Indian journal of veterinary science and animal husbandry - Volumes 18-21, 1948-1951
Year: 1948
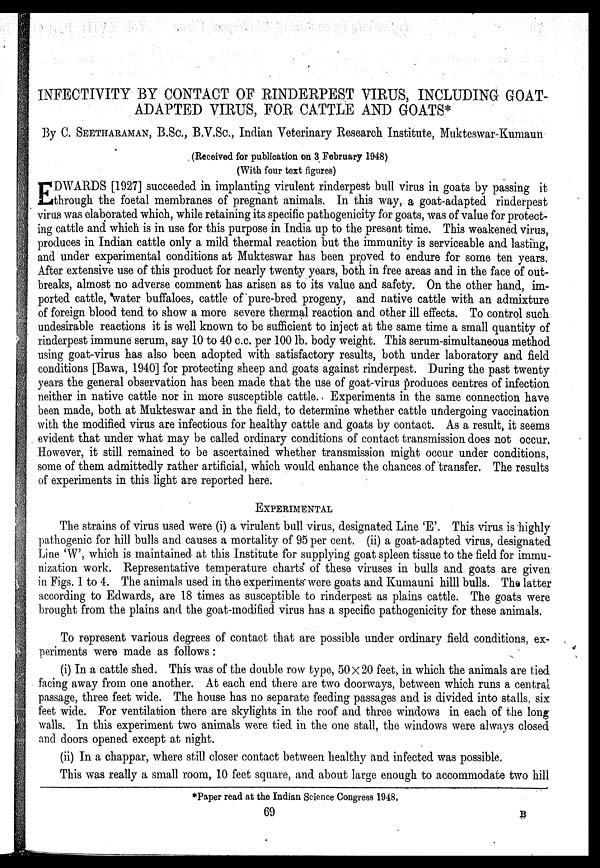
INFECTIVITY BY CONTACT OF RINDERPEST VIRUS, INCLUDING GOAT-
ADAPTED VIRUS, FOR CATTLE AND GOATS*
By C. SEETHARAMAN, B.Sc, B.V.SC, Indian Veterinary Research Institute, Mukteswar-Kumaun
(Received for publication on 3 February 1948)
(With four text figures)
E DWARDS [1927] succeeded in implanting virulent rinderpest bull virus in goats by passing it
through the foetal membranes of pregnant animals. In this way, a goat-adapted rinderpest
virus was elaborated which, while retaining its specific pathogenicity for goats, was of value for protect-
ing cattle and which is in use for this purpose in India up to the present time. This weakened virus,
produces in Indian cattle only a mild thermal reaction but the immunity is serviceable and lasting,
and under experimental conditions at Mukteswar has been proved to endure for some ten years.
After extensive use of this product for nearly twenty years, both in free areas and in the face of out-
breaks, almost no adverse comment has arisen as to its value and safety. On the other hand, im-
ported cattle, water buffaloes, cattle of pure-bred progeny, and native cattle with an admixture
of foreign blood tend to show a more severe thermal reaction and other ill effects. To control such
undesirable reactions it is well known to be sufficient to inject at the same time a small quantity of
rinderpest immune serum, say 10 to 40 c.c. per 100 lb. body weight. This serum-simultaneous method
using goat-virus has also been adopted with satisfactory results, both under laboratory and field
conditions [Bawa, 1940] for protecting sheep and goats against rinderpest. During the past twenty
years the general observation has been made that the use of goat-virus produces centres of infection
neither in native cattle nor in more susceptible cattle. Experiments in the same connection have
been made, both at Mukteswar and in the field, to determine whether cattle undergoing vaccination
with the modified virus are infectious for healthy cattle and goats by contact. As a result, it seems
evident that under what may be called ordinary conditions of contact transmission does not occur.
However, it still remained to be ascertained whether transmission might occur under conditions,
some of them admittedly rather artificial, which would enhance the chances of transfer. The results
of experiments in this light are reported here.
EXPERIMENTAL
The strains of virus used were (i) a virulent bull virus, designated Line 'E' This virus is highly
pathogenic for hill bulls and causes a mortality of 95 per cent. (ii) a goat-adapted virus, designated
Line 'W', which is maintained at this Institute for supplying goat spleen tissue to the field for immu-
nization work. Representative temperature charts of these viruses in bulls and goats are given
in Figs. 1 to 4. The animals used in the experiments were goats and Kumauni hilll bulls. The latter
according to Edwards, are 18 times as susceptible to rinderpest as plains cattle. The goats were
brought from the plains and the goat-modified virus has a specific pathogenicity for these animals.
To represent various degrees of contact that are possible under ordinary field conditions, ex-
periments were made as follows :
(i) In a cattle shed. This was of the double row type, 50 × 20 feet, in which the animals are tied
facing away from one another. At each end there are two doorways, between which runs a central
passage, three feet wide. The house has no separate feeding passages and is divided into stalls, six
feet wide. For ventilation there are skylights in the roof and three windows in each of the long
walls. In this experiment two animals were tied in the one stall, the windows were always closed
and doors opened except at night.
(ii) In a chappar, where still closer contact between healthy and infected was possible.
This was really a small room, 10 feet square, and about large enough to accommodate two hill
*Paper read at the Indian Science Congress 1948,
69
B